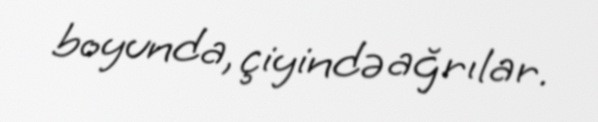
boyunda, çiyində ağrılar.